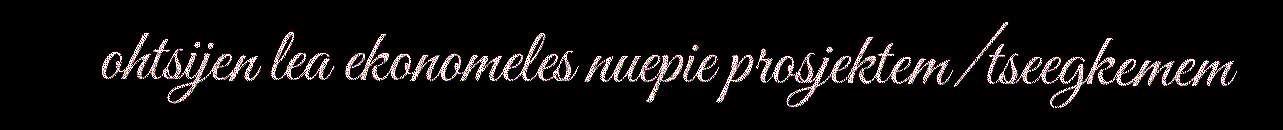
ohtsijen lea ekonomeles nuepie prosjektem/tseegkemem